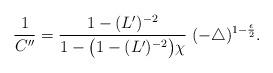
LaTeX: \begin{align*}\frac{1}{C^{\prime\prime}}= \frac{1-(L^{\prime})^{-2}} {1-\bigl(1-(L^{\prime})^{-2}\bigr)\chi}\; (-\bigtriangleup)^{1-\frac{\epsilon}{2}}.\end{align*}